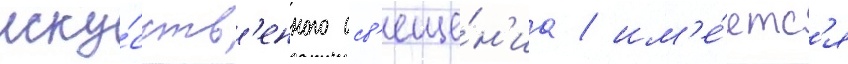
иску́сств'енного осв'еще́н'иа / им'е́етс'я